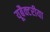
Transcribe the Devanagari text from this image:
यूबैक्टरीया